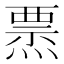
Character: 𤍟